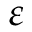
\varepsilon